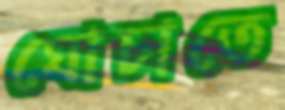
ঘোচাতে